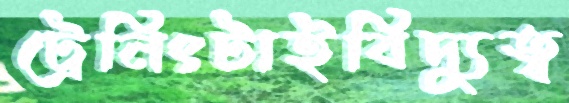
ট্রেনিংটাইবিদ্যুত্ব